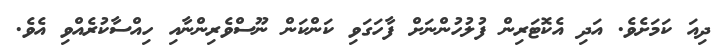
ދިއަ ކަމަށެވެ. އަދި އެކޮޓަރިން ފުލުހުންނަށް ފާހަގަވި ކަންކަން ނޫސްވެރިންނާއި ހިއްސާކުރެއްވި އެވެ.